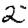
Digit: 2